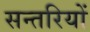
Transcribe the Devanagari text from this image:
सन्तरियों